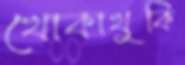
খোকাখুকি